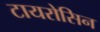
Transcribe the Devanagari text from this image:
टायरोसिन